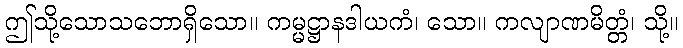
ဤသို့သောသဘောရှိသော။ ကမ္မဋ္ဌာနဒါယကံ၊ သော။ ကလျာဏမိတ္တံ၊ သို့။